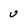
Character: u